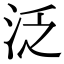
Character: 泛